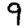
Digit: 9